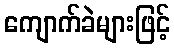
ကျောက်ခဲများဖြင့်